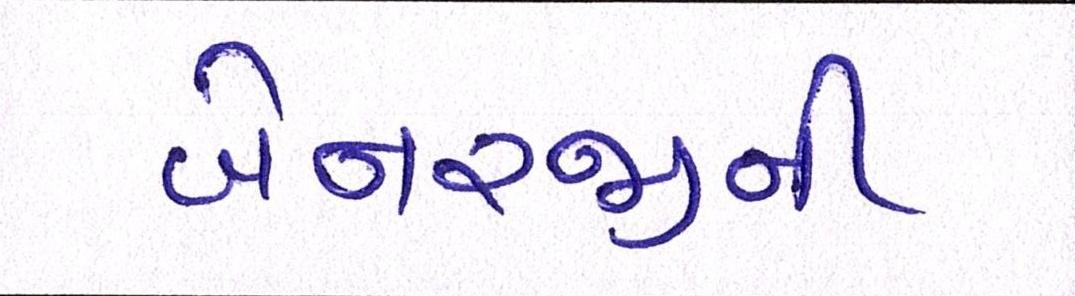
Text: બેનરજીની